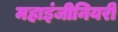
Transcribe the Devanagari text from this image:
महाइंजीनियरी